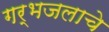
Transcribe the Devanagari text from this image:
गर्भजलाचे